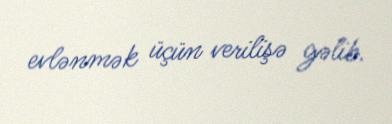
evlənmək üçün verilişə gəlib.